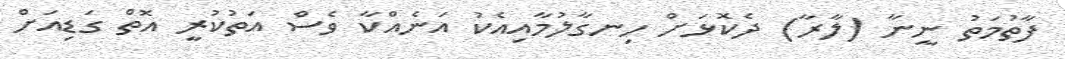
ފާތުމަތު ނީނާ (ލާރާ) ދެކޮޅަށް ހިނގާލުމާއިއެކު އަނެއްކާ ވެސް އަތުކުރީ އޮތް ގަޑިއަށް